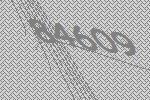
84609